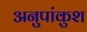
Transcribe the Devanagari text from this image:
अनुपांकुश